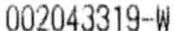
002043319-W